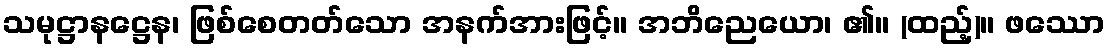
သမုဋ္ဌာနဋ္ဌေန၊ ဖြစ်စေတတ်သော အနက်အားဖြင့်။ အဘိညေယော၊ ၏။ (ထည့်)။ ဖဿော